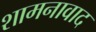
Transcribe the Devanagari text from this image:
शामनावाद